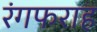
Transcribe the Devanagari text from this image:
रंगफराह